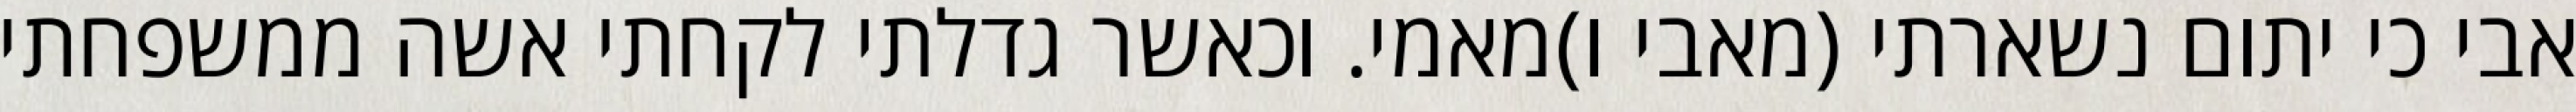
אבי כי יתום נשארתי (מאבי ו)מאמי. וכאשר גדלתי לקחתי אשה ממשפחתי